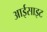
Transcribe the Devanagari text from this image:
आईसाइट